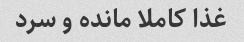
غذا کاملا مانده و سرد